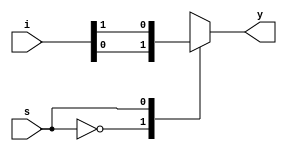
module mux_2_to_1 (
    y,
    i,
    s
);

  output reg y;  //reg type because it will be used inside an always block
  input [1:0] i;
  input s;

  always @(*) //(*) indicates that the always block will be executed whenever any of the inputs changes

    casex (s)

      1'b0: y = i[0];  //when s = 0
      1'b1: y = i[1];  //when s = 1

      default: y = 1'bx;

    endcase

endmodule

`timescale 1ps / 1ps

module testbench;

  wire y;
  reg [1:0] i;
  reg s;

  mux_2_to_1 dut (
      .y(y),
      .i(i),
      .s(s)
  );

  initial begin
    s = 1'b0;
    i = 2'b00;
  end

  always #2 s = s + 1;
  always #1 i = i + 1;

  initial $monitor("s = %d, i[0] = %d, i[1] = %d, y = %d", s, i[0], i[1], y);

  initial #6 $finish;


endmodule
/*OUTPUT:
s = 0, i[0] = 0, i[1] = 0, y = 0
s = 0, i[0] = 1, i[1] = 0, y = 1
s = 1, i[0] = 0, i[1] = 1, y = 1
s = 1, i[0] = 1, i[1] = 1, y = 1
s = 0, i[0] = 0, i[1] = 0, y = 0
s = 0, i[0] = 1, i[1] = 0, y = 1
2_to_1_Mux_using_Case_Statement.v:48: $finish called at 6 (1ps) 
s = 1, i[0] = 0, i[1] = 1, y = 1
*/